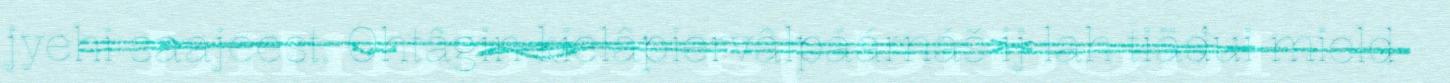
jyehi saajeest. Ohtâgin kielâpiervâlpáárnáš ij lah tiäđui mield